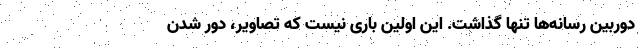
دوربین رسانه‌ها تنها گذاشت. این اولین باری نیست که تصاویر، دور شدن